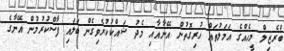
ބްރެޒިލް މީހެއްގެ އަމަލުތައް ހުރިގޮތުން އޭނާއާއި މެދު ޝައްކުކުރެވިގެން ބަލައި ފާސްކުރުމުން އޭނާގެ